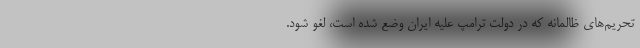
تحریم‌های ظالمانه که در دولت ترامپ علیه ایران وضع شده است، لغو شود.